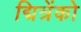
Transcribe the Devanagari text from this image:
द्मित्रेंको